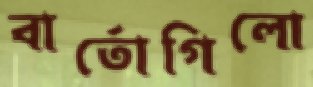
বার্তোগিলো